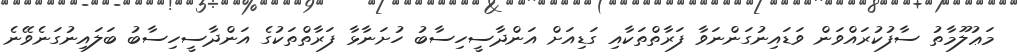
މަޢުލޫމާތު ސާފުކުރައްވަން ވަޑައިނުގަންނަވާ ފަރާތްތަކާއި ގަޑިއަށް އަންދާސީހިސާބު ހުށަނާޅާ ފަރާތްތަކުގެ އަންދާސީހިސާބު ބަލައިނުގަނެވޭނެ